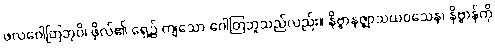
ဖလဂေါတြဘုပိ၊ ဖိုလ်၏ ရှေ့၌ ကျသော ဂေါတြဘူသည်လည်း။ နိဗ္ဗာနဇ္ဈာသယဝသေန၊ နိဗ္ဗာန်ကို